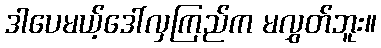
ဒါပေမယ့်ဒေါ်လှကြည်က မလွှတ်ဘူး။